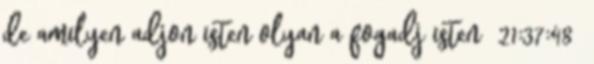
de amilyen adjon isten olyan a fogadj isten 21:37:48